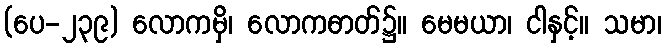
(ပေ-၂၃၉) လောကမှိ၊ လောကဓာတ်၌။ မေမယာ၊ ငါနှင့်။ သမာ၊